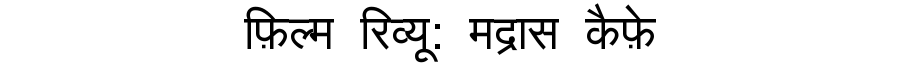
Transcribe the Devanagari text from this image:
फ़िल्म रिव्यू: मद्रास कैफ़े